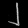
Digit: ၂